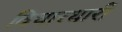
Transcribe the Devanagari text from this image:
विचारधारी